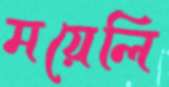
ময়েলি